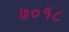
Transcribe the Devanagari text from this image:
७०१८